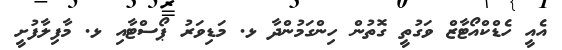
އެއީ ހެޑްކްއޯޓާޒް ވަގުތީ ގޮތުން ހިންގަމުންދާ ޅ. މަޑިވަރު ޕޯސްޓާއި ޅ. މާފިލާފުށީ